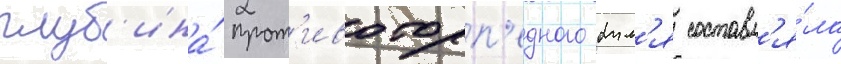
глуб'ина́ прот'ивоторп'едного бул'я составл'я́ла